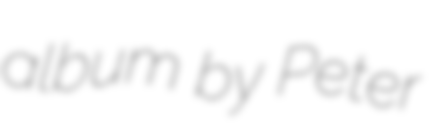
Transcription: album by Peter